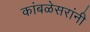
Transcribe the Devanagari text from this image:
कांबळेसरांनी